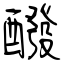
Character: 醱